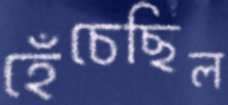
হেঁচেছিল